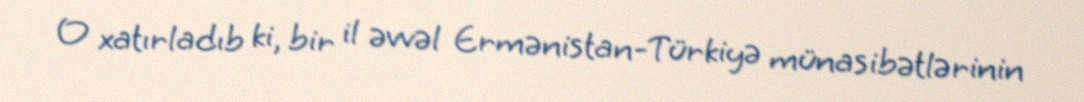
O xatırladıb ki, bir il əvvəl Ermənistan-Türkiyə münasibətlərinin